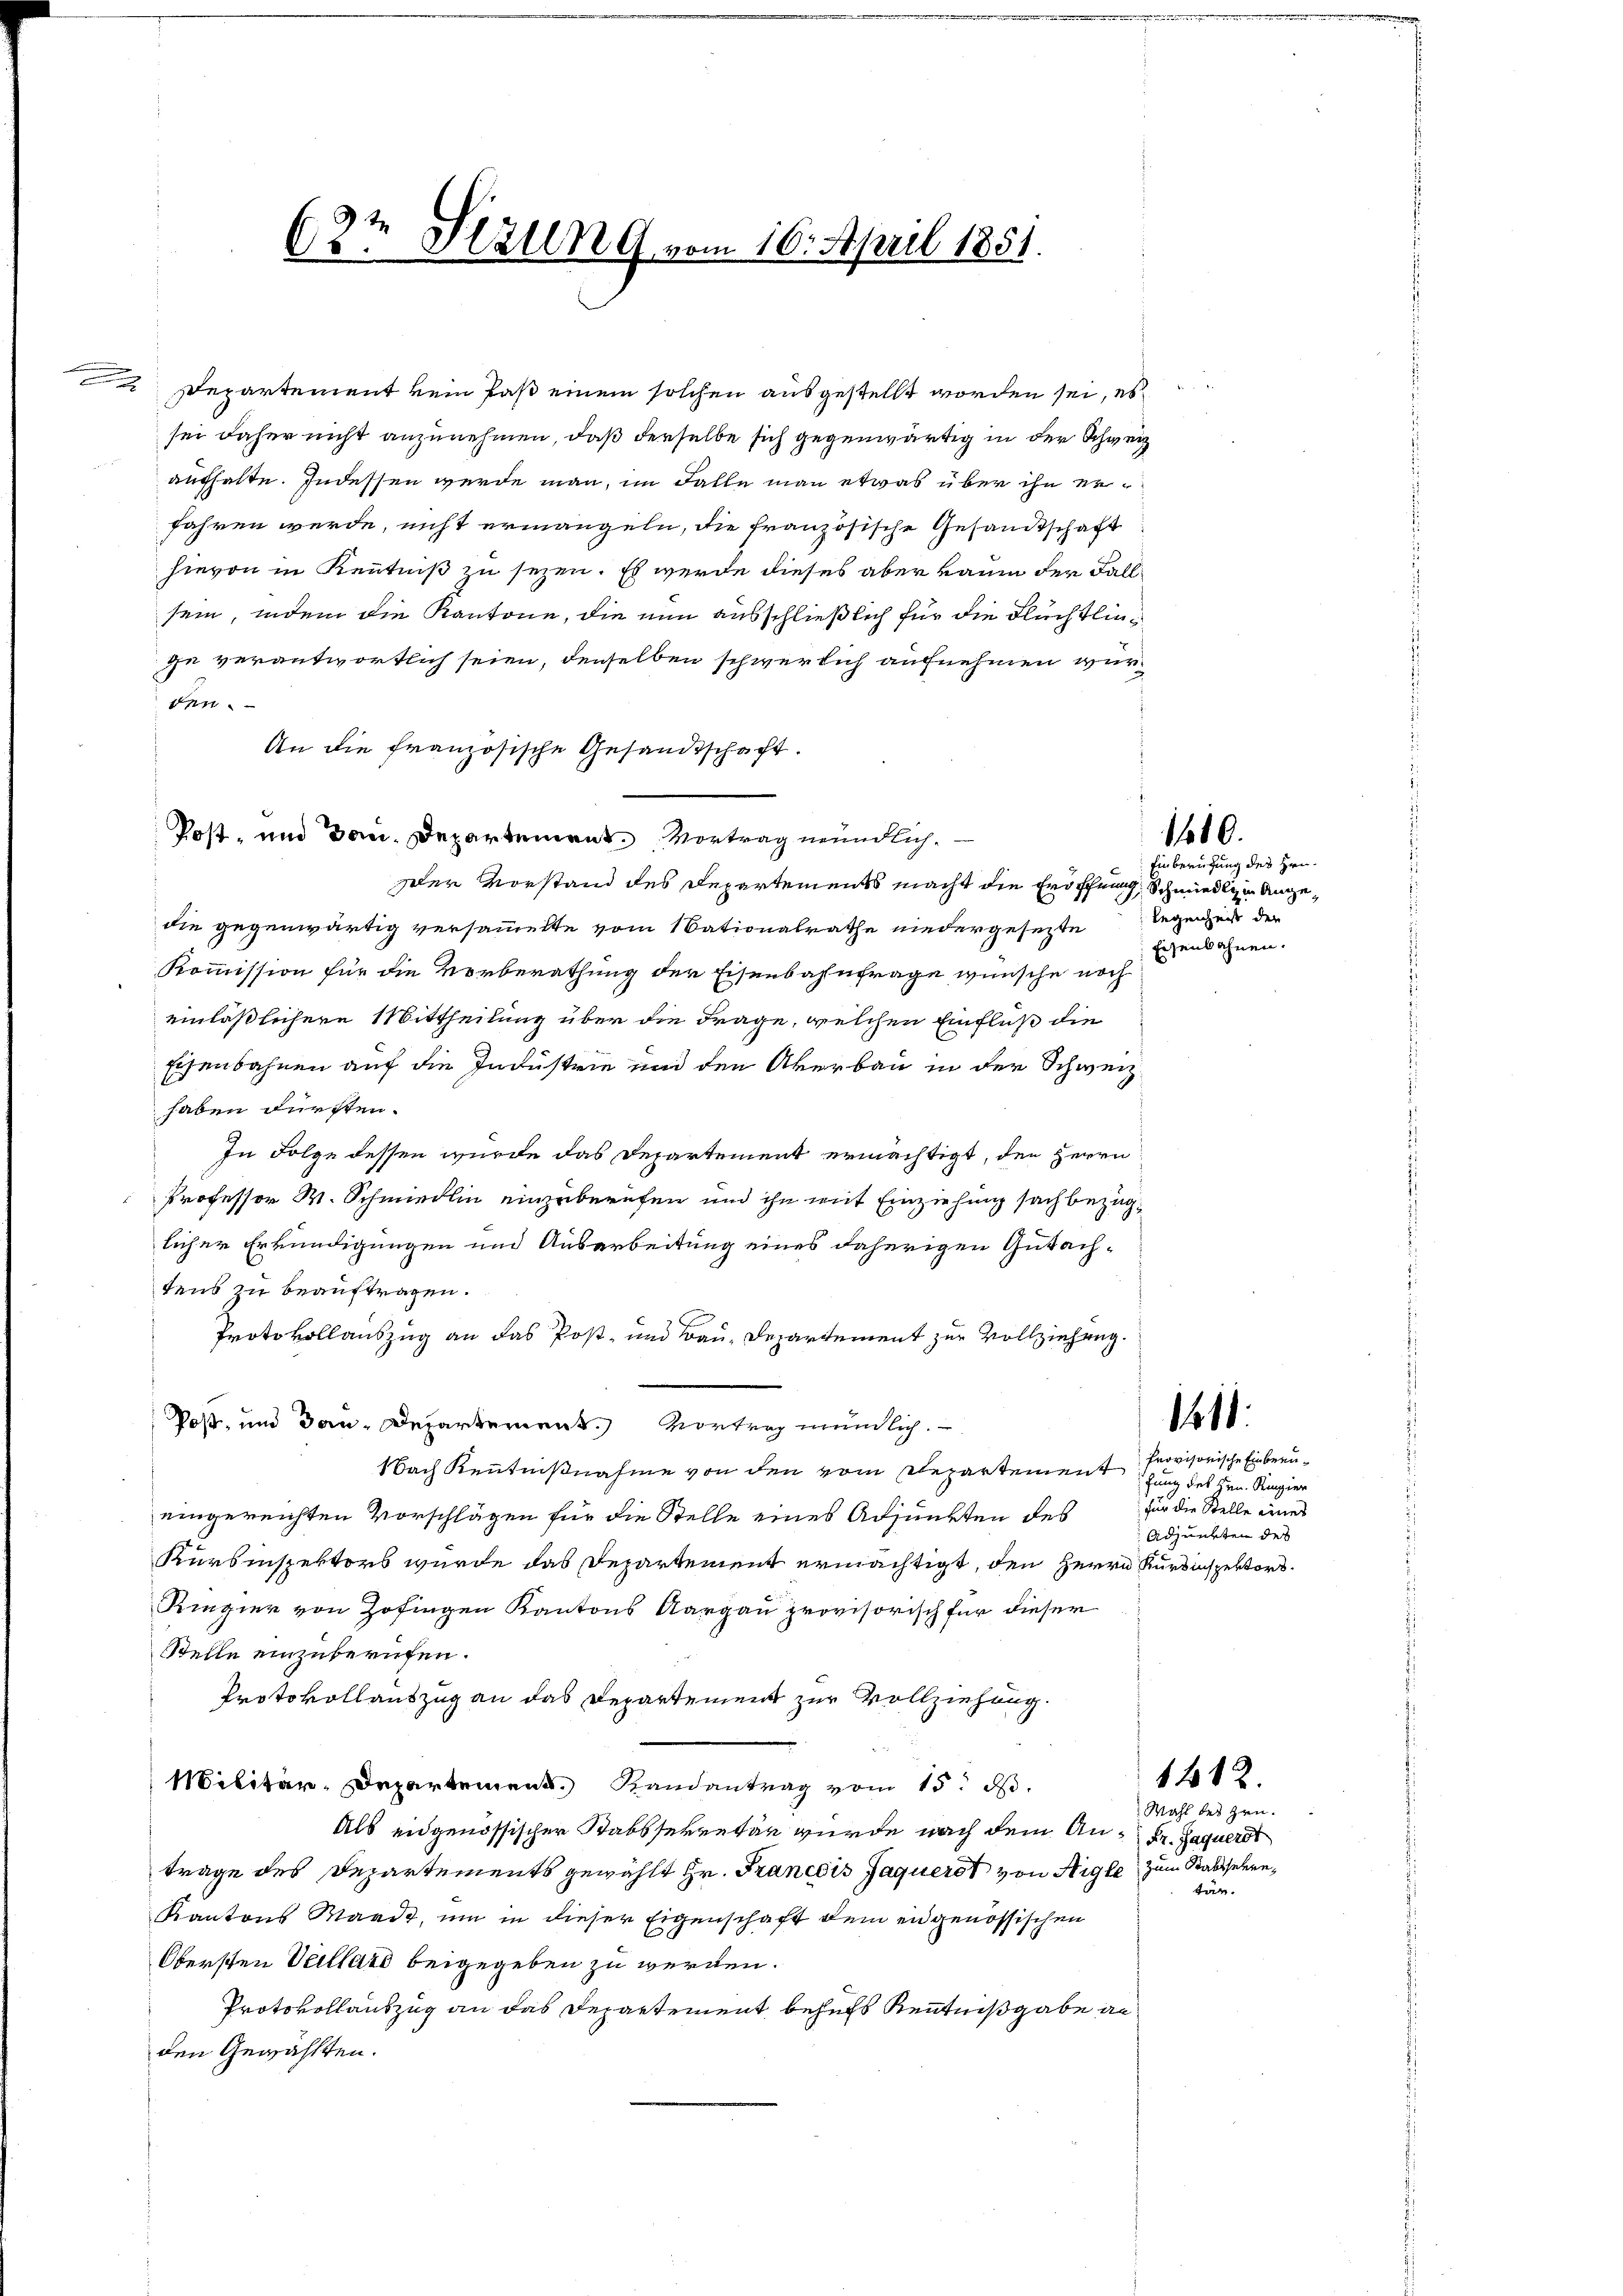
.

9t
1
ds. Etzung vom 16. April 1851.

den.
Post- und dan Departement. Vortrag mündlich
zler vorstand des Departements macht die Eröffnung, Schmiedlem Angedie gegenwärtig versammelte vom 1 Sationalrathe niedergesezte Regenheit de
Kommission für die Vorberathung der Eisenbahnfrage wünsche noch
einläßlichere Mittheilung über die Frage, welchen Einfluß die
Eisenbahnen auf die Industrie und den Akerbau in der Schweiz.
haben fürsten.
In Folge dessen wurde das Departement ermächtigt, den Herrn
Professor M. Schmiedlin einzuberufen und ihn mit Einziehung sach bezüglicher Erkundigungen und Ausarbeitung eines daherigen Gutachtens zu beauftragen.
Protokollauszug an das Post- und Bau-Departement zur Vollziehung.
Post, und Bau-Departement. Vortrag mündlich.
Nach Kenntnißnahme von den vom Departement provisorische Einbreneingereichten Vorschlägen für die Stelle eines Adjunkten des
Kürbiispektors wurde das Departement ermächtigt, den Herrn Kurdinspektors
Ringier von Zofingen Kantons Aargau provisorisch für dieser
Stelle einzuberufen.
Protokollauszug an das Departement zur Vollziehung.
Militär-Departement Randantrag vom 15. d.
Als eidgenössischer Stabssekretär wurde nach dem An- Fr. Jaquerst
trage des Departements gewählt Hr. Francdis Jaquerst von Aigle zum Staatsehen,
Kantons Waadt, um in dieser Eigenschaft dem engenössischen
Obersten Vellars beigegeben zu werden.
Protokollauszug an das Departement behufs Kenntnißgabe in
den Gewählten.

Departement kein Paß einem solchen ausgestellt worden sei, es
sei daher nicht anzunehmen, daß derselbe sich gegenwärtig in der Schweiz
aufhalte. Indessen wurde man, im Falle man etwas über ihn erfahren werde, nicht ermangeln, die französische Gesandtschaft
hievon in Kenntniß zu sezen. Es werde dieses aber kaum der Fall
sein, indem die Kantone, die nun ausschließlich für die Flüchtlinge verantwortlich seien, denselben schwerlich aufnehmen wur¬
An die französische Gesandtschaft.

Einberufung des Hrn.
Eisenbahnen.

1410.

111.

fung des Hrn. Ringier
für die Stelle eines
Adjunkten des

Wahl des Zen.
tär.

1482.